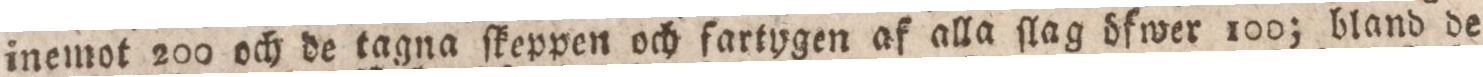
inemot 200 och de tagna ſkeppen och ſartygen af alla ſlag öfwer 100; bland de